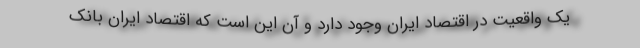
یک واقعیت در اقتصاد ایران وجود دارد و آن این است که اقتصاد ایران بانک